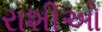
રાશીઓ